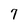
Character: 7